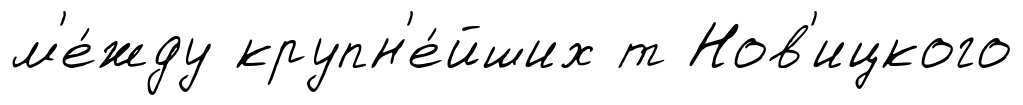
м'е́жду крупн'е́йших т Нов'ицкого